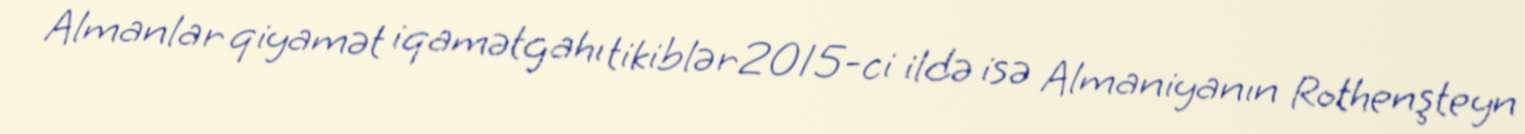
Almanlar qiyamət iqamətgahı tikiblər2015-ci ildə isə Almaniyanın Rothenşteyn